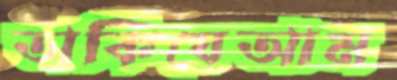
তাকিযেআম